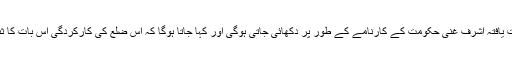
کاغذات میں تو ضلع ’’چرخ‘‘ کی مثالی کارکردگی امریکی حمایت یافتہ اشرف غنی حکومت کے کارنامے کے طور پر دکھائی جاتی ہوگی اور کہا جاتا ہوگا کہ اس ضلع کی کارکردگی اس بات کا ثبوت ہے کہ غنی حکومت کی رٹ ’’کابل‘‘سے باہر بھی قائم ہے۔